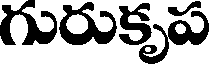
గురుకృప